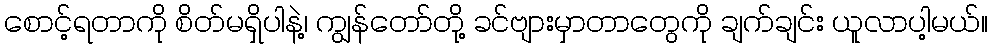
စောင့်ရတာကို စိတ်မရှိပါနဲ့၊ ကျွန်တော်တို့ ခင်ဗျားမှာတာတွေကို ချက်ချင်း ယူလာပါ့မယ်။